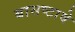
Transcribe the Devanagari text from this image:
बासष्टावे